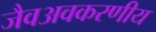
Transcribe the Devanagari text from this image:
जैवअवकरणीय